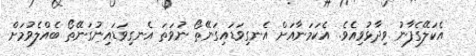
އެކަލޭގެފާނު ވިދާޅުވިއެވެ. އެކަމަނާއަށް އެނގިވަޑައިގަނޭތޯ ނުވަތަ އެނގިވަޑައިނުގަނޭތޯ ބެއްލެވުމަށް